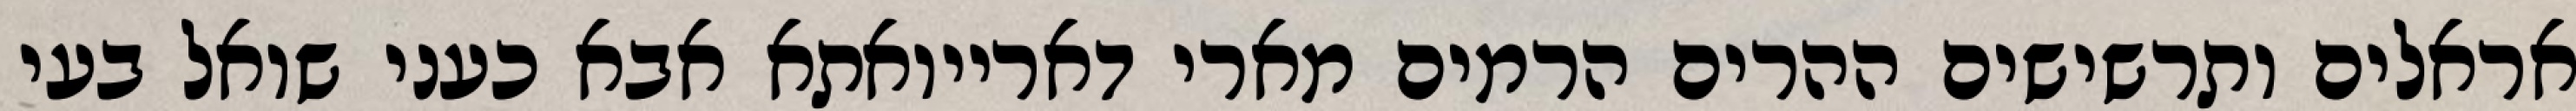
אראלים ותרשישים ההרים הרמים מארי דארייואתא אבא כעני שואל בעי